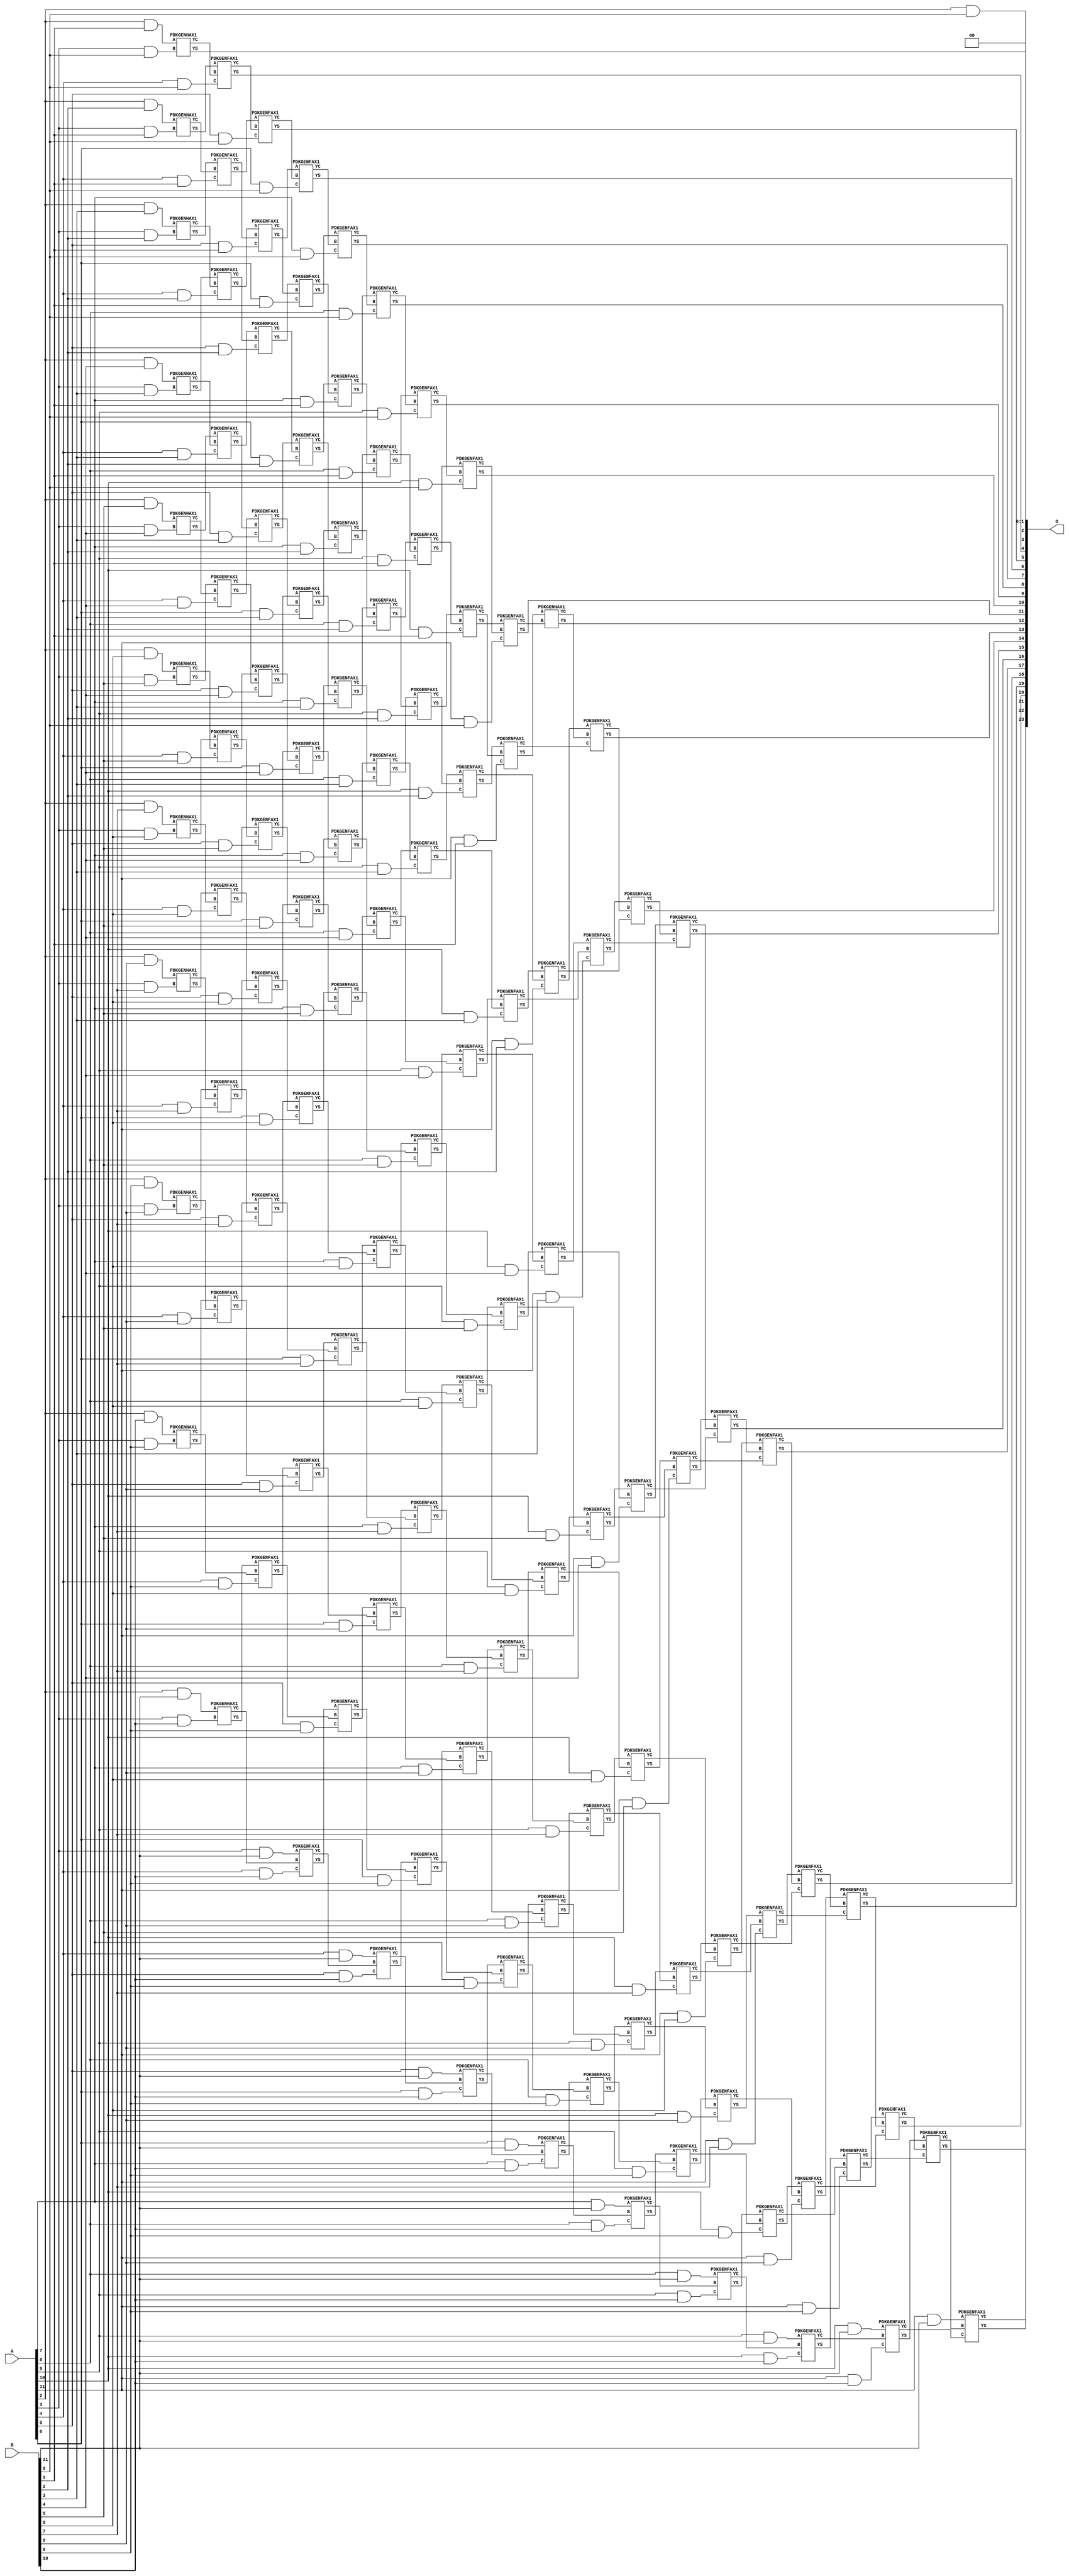
// This program was cloned from: https://github.com/ehw-fit/evoapproxlib
// License: MIT License

/***
* This code is a part of EvoApproxLib library (ehw.fit.vutbr.cz/approxlib) distributed under The MIT License.
* When used, please cite the following article(s): V. Mrazek, Z. Vasicek, L. Sekanina, H. Jiang and J. Han, "Scalable Construction of Approximate Multipliers With Formally Guaranteed Worst Case Error" in IEEE Transactions on Very Large Scale Integration (VLSI) Systems, vol. 26, no. 11, pp. 2572-2576, Nov. 2018. doi: 10.1109/TVLSI.2018.2856362 
* This file contains a circuit from a sub-set of pareto optimal circuits with respect to the pwr and ep parameters
***/
// MAE% = 0.018 %
// MAE = 3071 
// WCE% = 0.073 %
// WCE = 12285 
// WCRE% = 100.00 %
// EP% = 74.98 %
// MRE% = 0.32 %
// MSE = 19566.251e3 
// PDK45_PWR = 0.906 mW
// PDK45_AREA = 1344.1 um2
// PDK45_DELAY = 2.08 ns


module mul12u_2FN ( A, B, O );
  input [11:0] A;
  input [11:0] B;
  output [23:0] O;

  wire C_10_0,C_10_1,C_10_10,C_10_2,C_10_3,C_10_4,C_10_5,C_10_6,C_10_7,C_10_8,C_10_9,C_11_0,C_11_1,C_11_10,C_11_2,C_11_3,C_11_4,C_11_5,C_11_6,C_11_7,C_11_8,C_11_9,C_12_0,C_12_1,C_12_10,C_12_2,C_12_3,C_12_4,C_12_5,C_12_6,C_12_7,C_12_8,C_12_9,C_3_0,C_3_1,C_3_10,C_3_2,C_3_3,C_3_4,C_3_5,C_3_6,C_3_7,C_3_8,C_3_9,C_4_0,C_4_1,C_4_10,C_4_2,C_4_3,C_4_4,C_4_5,C_4_6,C_4_7,C_4_8,C_4_9,C_5_0,C_5_1,C_5_10,C_5_2,C_5_3,C_5_4,C_5_5,C_5_6,C_5_7,C_5_8,C_5_9,C_6_0,C_6_1,C_6_10,C_6_2,C_6_3,C_6_4,C_6_5,C_6_6,C_6_7,C_6_8,C_6_9,C_7_0,C_7_1,C_7_10,C_7_2,C_7_3,C_7_4,C_7_5,C_7_6,C_7_7,C_7_8,C_7_9,C_8_0,C_8_1,C_8_10,C_8_2,C_8_3,C_8_4,C_8_5,C_8_6,C_8_7,C_8_8,C_8_9,C_9_0,C_9_1,C_9_10,C_9_2,C_9_3,C_9_4,C_9_5,C_9_6,C_9_7,C_9_8,C_9_9,S_10_0,S_10_1,S_10_10,S_10_11,S_10_2,S_10_3,S_10_4,S_10_5,S_10_6,S_10_7,S_10_8,S_10_9,S_11_0,S_11_1,S_11_10,S_11_11,S_11_2,S_11_3,S_11_4,S_11_5,S_11_6,S_11_7,S_11_8,S_11_9,S_12_0,S_12_1,S_12_10,S_12_11,S_12_2,S_12_3,S_12_4,S_12_5,S_12_6,S_12_7,S_12_8,S_12_9,S_2_0,S_2_1,S_2_10,S_2_11,S_2_2,S_2_3,S_2_4,S_2_5,S_2_6,S_2_7,S_2_8,S_2_9,S_3_0,S_3_1,S_3_10,S_3_11,S_3_2,S_3_3,S_3_4,S_3_5,S_3_6,S_3_7,S_3_8,S_3_9,S_4_0,S_4_1,S_4_10,S_4_11,S_4_2,S_4_3,S_4_4,S_4_5,S_4_6,S_4_7,S_4_8,S_4_9,S_5_0,S_5_1,S_5_10,S_5_11,S_5_2,S_5_3,S_5_4,S_5_5,S_5_6,S_5_7,S_5_8,S_5_9,S_6_0,S_6_1,S_6_10,S_6_11,S_6_2,S_6_3,S_6_4,S_6_5,S_6_6,S_6_7,S_6_8,S_6_9,S_7_0,S_7_1,S_7_10,S_7_11,S_7_2,S_7_3,S_7_4,S_7_5,S_7_6,S_7_7,S_7_8,S_7_9,S_8_0,S_8_1,S_8_10,S_8_11,S_8_2,S_8_3,S_8_4,S_8_5,S_8_6,S_8_7,S_8_8,S_8_9,S_9_0,S_9_1,S_9_10,S_9_11,S_9_2,S_9_3,S_9_4,S_9_5,S_9_6,S_9_7,S_9_8,S_9_9;

  assign S_2_0 = (A[2] & B[0]);
  assign S_2_1 = (A[2] & B[1]);
  assign S_2_2 = (A[2] & B[2]);
  assign S_2_3 = (A[2] & B[3]);
  assign S_2_4 = (A[2] & B[4]);
  assign S_2_5 = (A[2] & B[5]);
  assign S_2_6 = (A[2] & B[6]);
  assign S_2_7 = (A[2] & B[7]);
  assign S_2_8 = (A[2] & B[8]);
  assign S_2_9 = (A[2] & B[9]);
  assign S_2_10 = (A[2] & B[10]);
  assign S_2_11 = (A[2] & B[11]);
  PDKGENHAX1 U25549 (.A(S_2_1), .B((A[3] & B[0])), .YS(S_3_0), .YC(C_3_0));
  PDKGENHAX1 U25550 (.A(S_2_2), .B((A[3] & B[1])), .YS(S_3_1), .YC(C_3_1));
  PDKGENHAX1 U25551 (.A(S_2_3), .B((A[3] & B[2])), .YS(S_3_2), .YC(C_3_2));
  PDKGENHAX1 U25552 (.A(S_2_4), .B((A[3] & B[3])), .YS(S_3_3), .YC(C_3_3));
  PDKGENHAX1 U25553 (.A(S_2_5), .B((A[3] & B[4])), .YS(S_3_4), .YC(C_3_4));
  PDKGENHAX1 U25554 (.A(S_2_6), .B((A[3] & B[5])), .YS(S_3_5), .YC(C_3_5));
  PDKGENHAX1 U25555 (.A(S_2_7), .B((A[3] & B[6])), .YS(S_3_6), .YC(C_3_6));
  PDKGENHAX1 U25556 (.A(S_2_8), .B((A[3] & B[7])), .YS(S_3_7), .YC(C_3_7));
  PDKGENHAX1 U25557 (.A(S_2_9), .B((A[3] & B[8])), .YS(S_3_8), .YC(C_3_8));
  PDKGENHAX1 U25558 (.A(S_2_10), .B((A[3] & B[9])), .YS(S_3_9), .YC(C_3_9));
  PDKGENHAX1 U25559 (.A(S_2_11), .B((A[3] & B[10])), .YS(S_3_10), .YC(C_3_10));
  assign S_3_11 = (A[3] & B[11]);
  PDKGENFAX1 U25561 (.A(S_3_1), .B(C_3_0), .C((A[4] & B[0])), .YS(S_4_0), .YC(C_4_0));
  PDKGENFAX1 U25562 (.A(S_3_2), .B(C_3_1), .C((A[4] & B[1])), .YS(S_4_1), .YC(C_4_1));
  PDKGENFAX1 U25563 (.A(S_3_3), .B(C_3_2), .C((A[4] & B[2])), .YS(S_4_2), .YC(C_4_2));
  PDKGENFAX1 U25564 (.A(S_3_4), .B(C_3_3), .C((A[4] & B[3])), .YS(S_4_3), .YC(C_4_3));
  PDKGENFAX1 U25565 (.A(S_3_5), .B(C_3_4), .C((A[4] & B[4])), .YS(S_4_4), .YC(C_4_4));
  PDKGENFAX1 U25566 (.A(S_3_6), .B(C_3_5), .C((A[4] & B[5])), .YS(S_4_5), .YC(C_4_5));
  PDKGENFAX1 U25567 (.A(S_3_7), .B(C_3_6), .C((A[4] & B[6])), .YS(S_4_6), .YC(C_4_6));
  PDKGENFAX1 U25568 (.A(S_3_8), .B(C_3_7), .C((A[4] & B[7])), .YS(S_4_7), .YC(C_4_7));
  PDKGENFAX1 U25569 (.A(S_3_9), .B(C_3_8), .C((A[4] & B[8])), .YS(S_4_8), .YC(C_4_8));
  PDKGENFAX1 U25570 (.A(S_3_10), .B(C_3_9), .C((A[4] & B[9])), .YS(S_4_9), .YC(C_4_9));
  PDKGENFAX1 U25571 (.A(S_3_11), .B(C_3_10), .C((A[4] & B[10])), .YS(S_4_10), .YC(C_4_10));
  assign S_4_11 = (A[4] & B[11]);
  PDKGENFAX1 U25573 (.A(S_4_1), .B(C_4_0), .C((A[5] & B[0])), .YS(S_5_0), .YC(C_5_0));
  PDKGENFAX1 U25574 (.A(S_4_2), .B(C_4_1), .C((A[5] & B[1])), .YS(S_5_1), .YC(C_5_1));
  PDKGENFAX1 U25575 (.A(S_4_3), .B(C_4_2), .C((A[5] & B[2])), .YS(S_5_2), .YC(C_5_2));
  PDKGENFAX1 U25576 (.A(S_4_4), .B(C_4_3), .C((A[5] & B[3])), .YS(S_5_3), .YC(C_5_3));
  PDKGENFAX1 U25577 (.A(S_4_5), .B(C_4_4), .C((A[5] & B[4])), .YS(S_5_4), .YC(C_5_4));
  PDKGENFAX1 U25578 (.A(S_4_6), .B(C_4_5), .C((A[5] & B[5])), .YS(S_5_5), .YC(C_5_5));
  PDKGENFAX1 U25579 (.A(S_4_7), .B(C_4_6), .C((A[5] & B[6])), .YS(S_5_6), .YC(C_5_6));
  PDKGENFAX1 U25580 (.A(S_4_8), .B(C_4_7), .C((A[5] & B[7])), .YS(S_5_7), .YC(C_5_7));
  PDKGENFAX1 U25581 (.A(S_4_9), .B(C_4_8), .C((A[5] & B[8])), .YS(S_5_8), .YC(C_5_8));
  PDKGENFAX1 U25582 (.A(S_4_10), .B(C_4_9), .C((A[5] & B[9])), .YS(S_5_9), .YC(C_5_9));
  PDKGENFAX1 U25583 (.A(S_4_11), .B(C_4_10), .C((A[5] & B[10])), .YS(S_5_10), .YC(C_5_10));
  assign S_5_11 = (A[5] & B[11]);
  PDKGENFAX1 U25585 (.A(S_5_1), .B(C_5_0), .C((A[6] & B[0])), .YS(S_6_0), .YC(C_6_0));
  PDKGENFAX1 U25586 (.A(S_5_2), .B(C_5_1), .C((A[6] & B[1])), .YS(S_6_1), .YC(C_6_1));
  PDKGENFAX1 U25587 (.A(S_5_3), .B(C_5_2), .C((A[6] & B[2])), .YS(S_6_2), .YC(C_6_2));
  PDKGENFAX1 U25588 (.A(S_5_4), .B(C_5_3), .C((A[6] & B[3])), .YS(S_6_3), .YC(C_6_3));
  PDKGENFAX1 U25589 (.A(S_5_5), .B(C_5_4), .C((A[6] & B[4])), .YS(S_6_4), .YC(C_6_4));
  PDKGENFAX1 U25590 (.A(S_5_6), .B(C_5_5), .C((A[6] & B[5])), .YS(S_6_5), .YC(C_6_5));
  PDKGENFAX1 U25591 (.A(S_5_7), .B(C_5_6), .C((A[6] & B[6])), .YS(S_6_6), .YC(C_6_6));
  PDKGENFAX1 U25592 (.A(S_5_8), .B(C_5_7), .C((A[6] & B[7])), .YS(S_6_7), .YC(C_6_7));
  PDKGENFAX1 U25593 (.A(S_5_9), .B(C_5_8), .C((A[6] & B[8])), .YS(S_6_8), .YC(C_6_8));
  PDKGENFAX1 U25594 (.A(S_5_10), .B(C_5_9), .C((A[6] & B[9])), .YS(S_6_9), .YC(C_6_9));
  PDKGENFAX1 U25595 (.A(S_5_11), .B(C_5_10), .C((A[6] & B[10])), .YS(S_6_10), .YC(C_6_10));
  assign S_6_11 = (A[6] & B[11]);
  PDKGENFAX1 U25597 (.A(S_6_1), .B(C_6_0), .C((A[7] & B[0])), .YS(S_7_0), .YC(C_7_0));
  PDKGENFAX1 U25598 (.A(S_6_2), .B(C_6_1), .C((A[7] & B[1])), .YS(S_7_1), .YC(C_7_1));
  PDKGENFAX1 U25599 (.A(S_6_3), .B(C_6_2), .C((A[7] & B[2])), .YS(S_7_2), .YC(C_7_2));
  PDKGENFAX1 U25600 (.A(S_6_4), .B(C_6_3), .C((A[7] & B[3])), .YS(S_7_3), .YC(C_7_3));
  PDKGENFAX1 U25601 (.A(S_6_5), .B(C_6_4), .C((A[7] & B[4])), .YS(S_7_4), .YC(C_7_4));
  PDKGENFAX1 U25602 (.A(S_6_6), .B(C_6_5), .C((A[7] & B[5])), .YS(S_7_5), .YC(C_7_5));
  PDKGENFAX1 U25603 (.A(S_6_7), .B(C_6_6), .C((A[7] & B[6])), .YS(S_7_6), .YC(C_7_6));
  PDKGENFAX1 U25604 (.A(S_6_8), .B(C_6_7), .C((A[7] & B[7])), .YS(S_7_7), .YC(C_7_7));
  PDKGENFAX1 U25605 (.A(S_6_9), .B(C_6_8), .C((A[7] & B[8])), .YS(S_7_8), .YC(C_7_8));
  PDKGENFAX1 U25606 (.A(S_6_10), .B(C_6_9), .C((A[7] & B[9])), .YS(S_7_9), .YC(C_7_9));
  PDKGENFAX1 U25607 (.A(S_6_11), .B(C_6_10), .C((A[7] & B[10])), .YS(S_7_10), .YC(C_7_10));
  assign S_7_11 = (A[7] & B[11]);
  PDKGENFAX1 U25609 (.A(S_7_1), .B(C_7_0), .C((A[8] & B[0])), .YS(S_8_0), .YC(C_8_0));
  PDKGENFAX1 U25610 (.A(S_7_2), .B(C_7_1), .C((A[8] & B[1])), .YS(S_8_1), .YC(C_8_1));
  PDKGENFAX1 U25611 (.A(S_7_3), .B(C_7_2), .C((A[8] & B[2])), .YS(S_8_2), .YC(C_8_2));
  PDKGENFAX1 U25612 (.A(S_7_4), .B(C_7_3), .C((A[8] & B[3])), .YS(S_8_3), .YC(C_8_3));
  PDKGENFAX1 U25613 (.A(S_7_5), .B(C_7_4), .C((A[8] & B[4])), .YS(S_8_4), .YC(C_8_4));
  PDKGENFAX1 U25614 (.A(S_7_6), .B(C_7_5), .C((A[8] & B[5])), .YS(S_8_5), .YC(C_8_5));
  PDKGENFAX1 U25615 (.A(S_7_7), .B(C_7_6), .C((A[8] & B[6])), .YS(S_8_6), .YC(C_8_6));
  PDKGENFAX1 U25616 (.A(S_7_8), .B(C_7_7), .C((A[8] & B[7])), .YS(S_8_7), .YC(C_8_7));
  PDKGENFAX1 U25617 (.A(S_7_9), .B(C_7_8), .C((A[8] & B[8])), .YS(S_8_8), .YC(C_8_8));
  PDKGENFAX1 U25618 (.A(S_7_10), .B(C_7_9), .C((A[8] & B[9])), .YS(S_8_9), .YC(C_8_9));
  PDKGENFAX1 U25619 (.A(S_7_11), .B(C_7_10), .C((A[8] & B[10])), .YS(S_8_10), .YC(C_8_10));
  assign S_8_11 = (A[8] & B[11]);
  PDKGENFAX1 U25621 (.A(S_8_1), .B(C_8_0), .C((A[9] & B[0])), .YS(S_9_0), .YC(C_9_0));
  PDKGENFAX1 U25622 (.A(S_8_2), .B(C_8_1), .C((A[9] & B[1])), .YS(S_9_1), .YC(C_9_1));
  PDKGENFAX1 U25623 (.A(S_8_3), .B(C_8_2), .C((A[9] & B[2])), .YS(S_9_2), .YC(C_9_2));
  PDKGENFAX1 U25624 (.A(S_8_4), .B(C_8_3), .C((A[9] & B[3])), .YS(S_9_3), .YC(C_9_3));
  PDKGENFAX1 U25625 (.A(S_8_5), .B(C_8_4), .C((A[9] & B[4])), .YS(S_9_4), .YC(C_9_4));
  PDKGENFAX1 U25626 (.A(S_8_6), .B(C_8_5), .C((A[9] & B[5])), .YS(S_9_5), .YC(C_9_5));
  PDKGENFAX1 U25627 (.A(S_8_7), .B(C_8_6), .C((A[9] & B[6])), .YS(S_9_6), .YC(C_9_6));
  PDKGENFAX1 U25628 (.A(S_8_8), .B(C_8_7), .C((A[9] & B[7])), .YS(S_9_7), .YC(C_9_7));
  PDKGENFAX1 U25629 (.A(S_8_9), .B(C_8_8), .C((A[9] & B[8])), .YS(S_9_8), .YC(C_9_8));
  PDKGENFAX1 U25630 (.A(S_8_10), .B(C_8_9), .C((A[9] & B[9])), .YS(S_9_9), .YC(C_9_9));
  PDKGENFAX1 U25631 (.A(S_8_11), .B(C_8_10), .C((A[9] & B[10])), .YS(S_9_10), .YC(C_9_10));
  assign S_9_11 = (A[9] & B[11]);
  PDKGENFAX1 U25633 (.A(S_9_1), .B(C_9_0), .C((A[10] & B[0])), .YS(S_10_0), .YC(C_10_0));
  PDKGENFAX1 U25634 (.A(S_9_2), .B(C_9_1), .C((A[10] & B[1])), .YS(S_10_1), .YC(C_10_1));
  PDKGENFAX1 U25635 (.A(S_9_3), .B(C_9_2), .C((A[10] & B[2])), .YS(S_10_2), .YC(C_10_2));
  PDKGENFAX1 U25636 (.A(S_9_4), .B(C_9_3), .C((A[10] & B[3])), .YS(S_10_3), .YC(C_10_3));
  PDKGENFAX1 U25637 (.A(S_9_5), .B(C_9_4), .C((A[10] & B[4])), .YS(S_10_4), .YC(C_10_4));
  PDKGENFAX1 U25638 (.A(S_9_6), .B(C_9_5), .C((A[10] & B[5])), .YS(S_10_5), .YC(C_10_5));
  PDKGENFAX1 U25639 (.A(S_9_7), .B(C_9_6), .C((A[10] & B[6])), .YS(S_10_6), .YC(C_10_6));
  PDKGENFAX1 U25640 (.A(S_9_8), .B(C_9_7), .C((A[10] & B[7])), .YS(S_10_7), .YC(C_10_7));
  PDKGENFAX1 U25641 (.A(S_9_9), .B(C_9_8), .C((A[10] & B[8])), .YS(S_10_8), .YC(C_10_8));
  PDKGENFAX1 U25642 (.A(S_9_10), .B(C_9_9), .C((A[10] & B[9])), .YS(S_10_9), .YC(C_10_9));
  PDKGENFAX1 U25643 (.A(S_9_11), .B(C_9_10), .C((A[10] & B[10])), .YS(S_10_10), .YC(C_10_10));
  assign S_10_11 = (A[10] & B[11]);
  PDKGENFAX1 U25645 (.A(S_10_1), .B(C_10_0), .C((A[11] & B[0])), .YS(S_11_0), .YC(C_11_0));
  PDKGENFAX1 U25646 (.A(S_10_2), .B(C_10_1), .C((A[11] & B[1])), .YS(S_11_1), .YC(C_11_1));
  PDKGENFAX1 U25647 (.A(S_10_3), .B(C_10_2), .C((A[11] & B[2])), .YS(S_11_2), .YC(C_11_2));
  PDKGENFAX1 U25648 (.A(S_10_4), .B(C_10_3), .C((A[11] & B[3])), .YS(S_11_3), .YC(C_11_3));
  PDKGENFAX1 U25649 (.A(S_10_5), .B(C_10_4), .C((A[11] & B[4])), .YS(S_11_4), .YC(C_11_4));
  PDKGENFAX1 U25650 (.A(S_10_6), .B(C_10_5), .C((A[11] & B[5])), .YS(S_11_5), .YC(C_11_5));
  PDKGENFAX1 U25651 (.A(S_10_7), .B(C_10_6), .C((A[11] & B[6])), .YS(S_11_6), .YC(C_11_6));
  PDKGENFAX1 U25652 (.A(S_10_8), .B(C_10_7), .C((A[11] & B[7])), .YS(S_11_7), .YC(C_11_7));
  PDKGENFAX1 U25653 (.A(S_10_9), .B(C_10_8), .C((A[11] & B[8])), .YS(S_11_8), .YC(C_11_8));
  PDKGENFAX1 U25654 (.A(S_10_10), .B(C_10_9), .C((A[11] & B[9])), .YS(S_11_9), .YC(C_11_9));
  PDKGENFAX1 U25655 (.A(S_10_11), .B(C_10_10), .C((A[11] & B[10])), .YS(S_11_10), .YC(C_11_10));
  assign S_11_11 = (A[11] & B[11]);
  PDKGENHAX1 U25657 (.A(S_11_1), .B(C_11_0), .YS(S_12_0), .YC(C_12_0));
  PDKGENFAX1 U25658 (.A(S_11_2), .B(C_12_0), .C(C_11_1), .YS(S_12_1), .YC(C_12_1));
  PDKGENFAX1 U25659 (.A(S_11_3), .B(C_12_1), .C(C_11_2), .YS(S_12_2), .YC(C_12_2));
  PDKGENFAX1 U25660 (.A(S_11_4), .B(C_12_2), .C(C_11_3), .YS(S_12_3), .YC(C_12_3));
  PDKGENFAX1 U25661 (.A(S_11_5), .B(C_12_3), .C(C_11_4), .YS(S_12_4), .YC(C_12_4));
  PDKGENFAX1 U25662 (.A(S_11_6), .B(C_12_4), .C(C_11_5), .YS(S_12_5), .YC(C_12_5));
  PDKGENFAX1 U25663 (.A(S_11_7), .B(C_12_5), .C(C_11_6), .YS(S_12_6), .YC(C_12_6));
  PDKGENFAX1 U25664 (.A(S_11_8), .B(C_12_6), .C(C_11_7), .YS(S_12_7), .YC(C_12_7));
  PDKGENFAX1 U25665 (.A(S_11_9), .B(C_12_7), .C(C_11_8), .YS(S_12_8), .YC(C_12_8));
  PDKGENFAX1 U25666 (.A(S_11_10), .B(C_12_8), .C(C_11_9), .YS(S_12_9), .YC(C_12_9));
  PDKGENFAX1 U25667 (.A(S_11_11), .B(C_12_9), .C(C_11_10), .YS(S_12_10), .YC(C_12_10));
  assign S_12_11 = C_12_10;
  assign O = {S_12_11,S_12_10,S_12_9,S_12_8,S_12_7,S_12_6,S_12_5,S_12_4,S_12_3,S_12_2,S_12_1,S_12_0,S_11_0,S_10_0,S_9_0,S_8_0,S_7_0,S_6_0,S_5_0,S_4_0,S_3_0,S_2_0,1'b0,1'b0};

endmodule

/* mod */
module PDKGENHAX1( input A, input B, output YS, output YC );
    assign YS = A ^ B;
    assign YC = A & B;
endmodule
/* mod */
module PDKGENFAX1( input A, input B, input C, output YS, output YC );
    assign YS = (A ^ B) ^ C;
    assign YC = (A & B) | (B & C) | (A & C);
endmodule